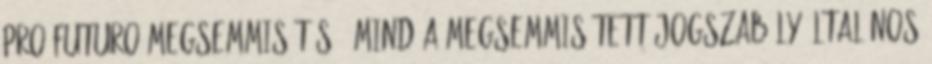
pro futuro megsemmisítés , mind a megsemmisített jogszabály általános